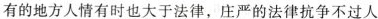
有的地方人情有时也大于法律，庄严的法律抗争不过人